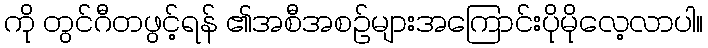
ကို တွင်ဂီတဖွင့်ရန် ၏အစီအစဉ်များအကြောင်းပိုမိုလေ့လာပါ။